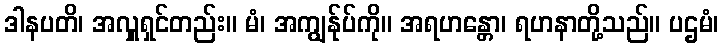
ဒါနပတိ၊ အလှူရှင်တည်း။ မံ၊ အကျွန်ုပ်ကို။ အရဟန္တော၊ ရဟနာတို့သည်။ ပဌမံ၊